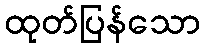
ထုတ်ပြန်သော